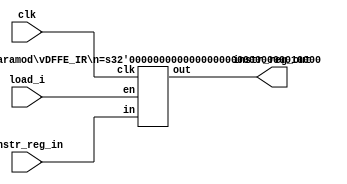
module instr_reg(clk, load_i, instr_reg_in, instr_reg_out);
    input load_i, clk;
    input [15:0] instr_reg_in;
    output [15:0] instr_reg_out;

    vDFFE_IR #(16) instr_register(clk, load_i, instr_reg_in, instr_reg_out);

endmodule

module vDFFE_IR(clk, en, in, out) ;
  parameter n = 1;  // width
  input clk, en ;
  input  [n-1:0] in ;
  output [n-1:0] out ;
  reg    [n-1:0] out ;
  wire   [n-1:0] next_out ;

  assign next_out = en ? in : out;

  always @(posedge clk)
    out = next_out;  
endmodule